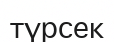
түрсек